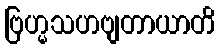
ဗြဟ္မသဟဗျတာယာတိ